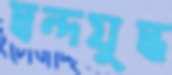
দ্বন্দযুদ্ধ